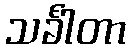
သင်္ခါတာ